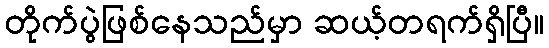
တိုက်ပွဲဖြစ်နေသည်မှာ ဆယ့်တရက်ရှိပြီ။